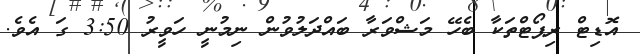
އޮޑިޓް ރިޕޯޓްތަކާ ބެހޭ މަޝްވަރާ ބައްދަލުވުން ނިމުނީ ހަވީރު 3:50 ގަ އެވެ.